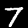
Digit: 7